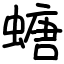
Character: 螗